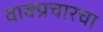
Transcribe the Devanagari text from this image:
वाक्प्रचारचा